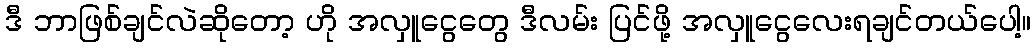
ဒီ ဘာဖြစ်ချင်လဲဆိုတော့ ဟို အလှူငွေတွေ ဒီလမ်း ပြင်ဖို့ အလှူငွေလေးရချင်တယ်ပေါ့။